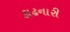
કાઢનારી